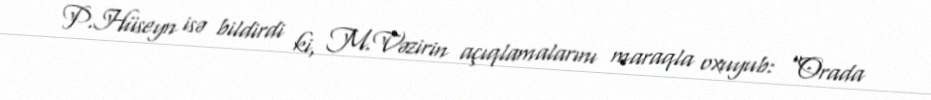
P.Hüseyn isə bildirdi ki, M.Vəzirin açıqlamalarını maraqla oxuyub: “Orada